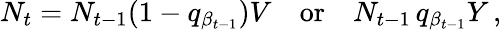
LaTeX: N_{t}=N_{t-1}(1-q_{\beta_{t-1}})V\quad\textrm{or}\quad N_{t-1}\, q_{\beta_{t-1}}Y\, ,